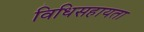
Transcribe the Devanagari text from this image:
विधिसहायता